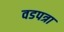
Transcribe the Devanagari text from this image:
वडपत्रा